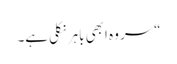
“ سر وہ ابھی باہر نکلی ہے۔